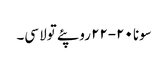
سونا ٢٠-٢٢ روپئے تولا سی۔